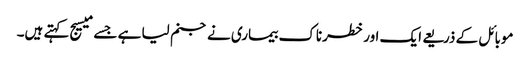
موبائل کے ذریعے ایک اور خطرناک بیماری نے جنم لیا ہے جسے میسیج کہتے ہیں۔